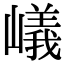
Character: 嶬